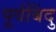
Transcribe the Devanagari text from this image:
पूर्वबिंदु